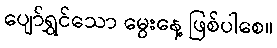
ပျော်ရွှင်သော မွေးနေ့ ဖြစ်ပါစေ။